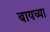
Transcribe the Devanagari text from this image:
बायच्या